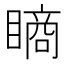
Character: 𥊔